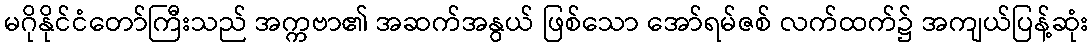
မဂိုနိုင်ငံတော်ကြီးသည် အက္ကဗာ၏ အဆက်အနွယ် ဖြစ်သော အော်ရမ်ဇစ် လက်ထက်၌ အကျယ်ပြန့်ဆုံး